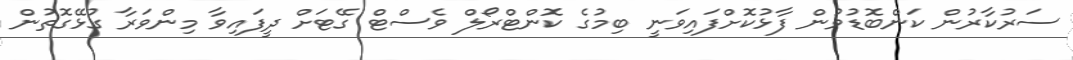
ސަރުކާރުން ކަންބޮޑުވުން ފާޅުކޮށްފައިވަނީ ބިމުގެ ކޮންޓްރޯލް ވެސްޓް ގޭޓަށް ދީފައިވާ މިންވަރާ ގުޅޭގޮތުން